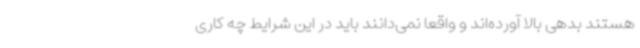
هستند بدهی بالا آورده‌اند و واقعا نمی‌دانند باید در این شرایط چه کاری